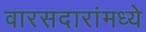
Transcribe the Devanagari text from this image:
वारसदारांमध्ये